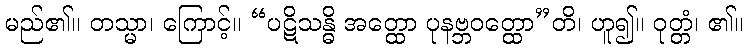
မည်၏။ တသ္မာ၊ ကြောင့်။ “ပဋိသန္ဓိ အတ္ထော ပုနဗ္ဘဝတ္ထော”တိ၊ ဟူ၍။ ဝုတ္တံ၊ ၏။